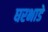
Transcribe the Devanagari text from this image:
घरभाडे